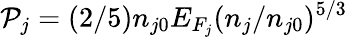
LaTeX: \mathcal{P}_{j}=(2/5)n_{j0}E_{F_{j}}(n_{j}/n_{j0})^{5/3}